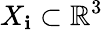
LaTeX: X_{\mathbf{i}}\subset\mathbb{{R}}^{3}